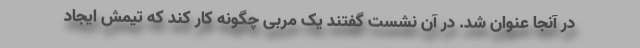
در آنجا عنوان شد. در آن نشست گفتند یک مربی چگونه کار کند که تیمش ایجاد